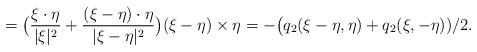
LaTeX: \begin{align*}= \big( \frac{\xi\cdot \eta}{ |\xi|^2}+ \frac{(\xi-\eta)\cdot \eta}{ |\xi-\eta|^2}\big) (\xi-\eta)\times \eta= -\big(q_2(\xi-\eta, \eta)+ q_2(\xi, -\eta))/2.\end{align*}